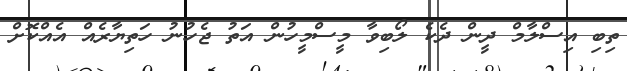
ތިބި އިސްލާމް ދީން ދެކެ ލޯބިވާ މީސްމީހުން އަތު ޖެހުނު ހަތިޔާރެއް އެއްކޮށް